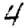
Digit: 4